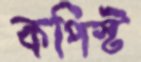
কপিস্ট